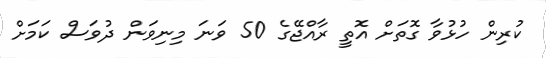
ކުރިން ހުޅުވާ ގޮތަށް އޮތީ ރާއްޖޭގެ 50 ވަނަ މިނިވަން ދުވަސް ކަމަށް